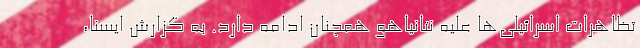
تظاهرات اسرائیلی‌ها علیه نتانیاهو همچنان ادامه دارد. به گزارش ایسنا،